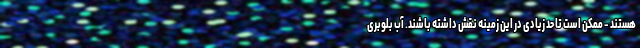
هستند - ممکن است تا حد زیادی در این زمینه نقش داشته باشند. آب بلوبری